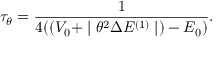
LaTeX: \tau _ { \theta } = \frac { 1 } { 4 ( ( V _ { 0 } + \mid \theta ^ { 2 } \Delta E ^ { ( 1 ) } \mid ) - E _ { 0 } ) } .